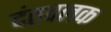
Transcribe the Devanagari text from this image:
दंतवलक